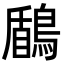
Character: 鶞